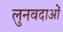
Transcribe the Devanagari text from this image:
लुनवदाओं